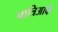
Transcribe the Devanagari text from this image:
पात्रिआर्क